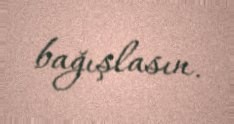
bağışlasın.